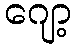
ဂျော့